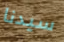
سيدنا